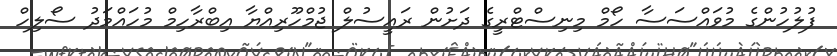
ފުލުހުންގެ މުވައްސަސާ ހޯމް މިނިސްޓްރީގެ ދަށުން ރައީސުލް ޖުމްހޫރިއްޔާ އިބްރާހިމް މުހައްމަދު ސޯލިހް